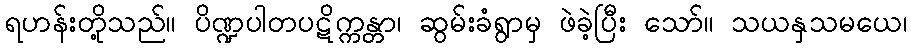
ရဟန်းတို့သည်။ ပိဏ္ဍပါတပဋိက္ကန္တာ၊ ဆွမ်းခံရွာမှ ဖဲခဲ့ပြီး သော်။ သယနှသမယေ၊